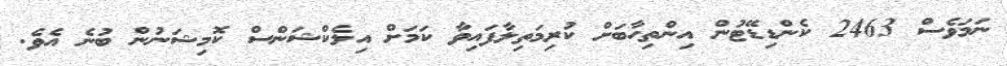
ނަމަވެސް 2463 ކެންޑިޑޭޓުން އިންތިހާބަށް ކުރިމަތިލާފައިވާ ކަމަށް އިލެކްޝަންސް ކޮމިޝަނުން ބުނެ އެވެ.